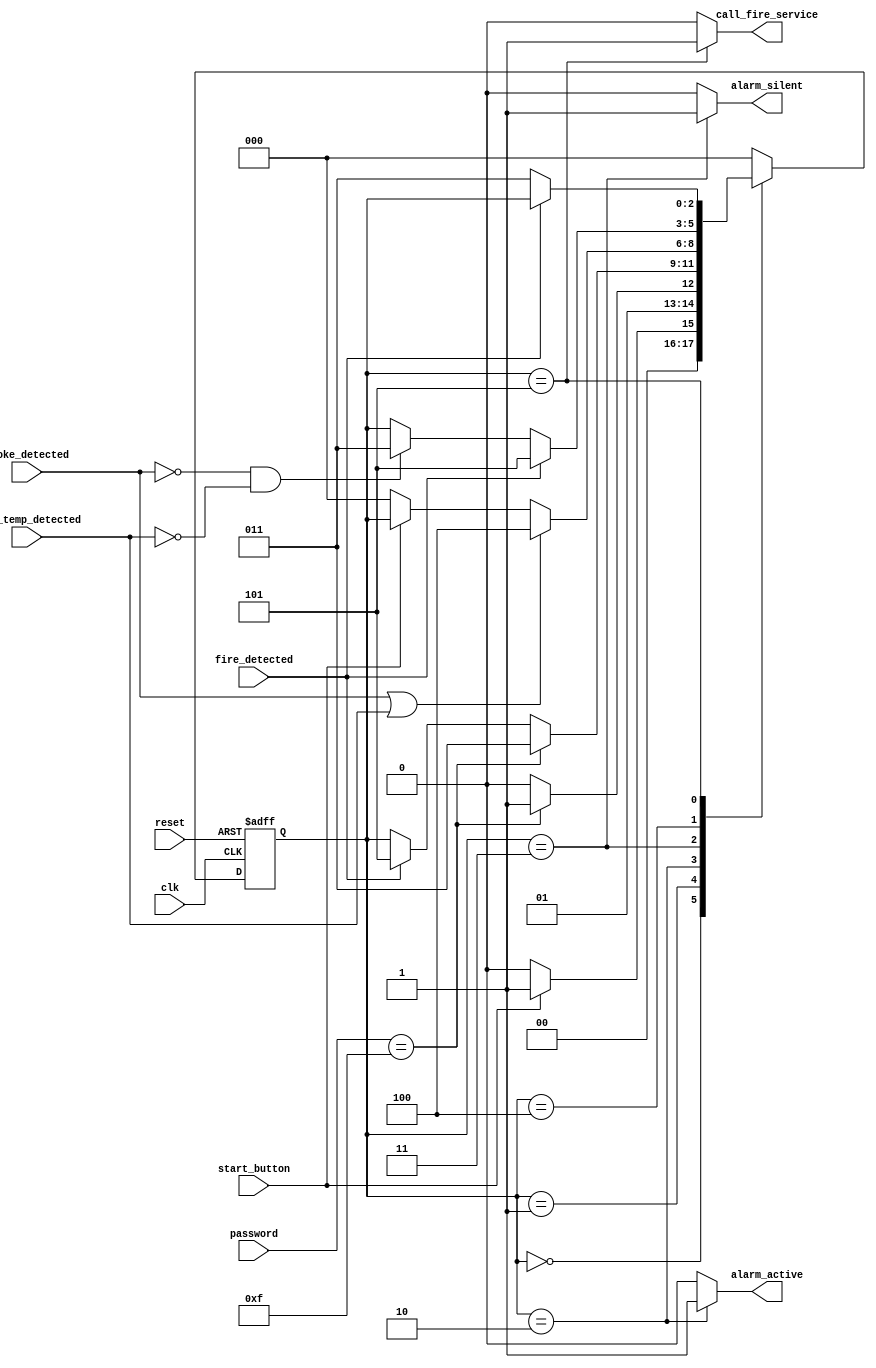
module alarm_system(
    input clk,
    input reset, // Added reset input
    input start_button,
    input [3:0] password,
    input smoke_detected,
    input fire_detected,
    input high_temp_detected,
    output reg alarm_active,
    output reg alarm_silent,
    output reg call_fire_service
);

    // Define state parameters
    localparam [2:0] 
        IDLE = 3'b000, 
        ENTER_PASS = 3'b001, 
        ALARM_ACTIVE = 3'b010, 
        ALARM_SILENT = 3'b011, 
        SMOKE_DETECTOR = 3'b100, 
        CALL_FIRE_SERVICE = 3'b101;

    // Internal state variable
    reg [2:0] state;
    reg [2:0] next_state;

    // FSM state transition with asynchronous reset
    always @(posedge clk or posedge reset) begin
        if (reset)
            state <= IDLE;
        else
            state <= next_state;
    end

    // Next state logic
    always @(*) begin
        // Default outputs and next state
        alarm_active = 0;
        alarm_silent = 0;
        call_fire_service = 0;
        next_state = state;

        case (state)
            IDLE: begin
                if (start_button) 
                    next_state = ENTER_PASS;
                else 
                    next_state = IDLE;
            end
            
            ENTER_PASS: begin
                if (password == 4'b1111) // Assume 4'b1111 is the correct password
                    next_state = ALARM_SILENT;
                else
                    next_state = ALARM_ACTIVE;
            end

            ALARM_ACTIVE: begin
                alarm_active = 1;
                if (password == 4'b1111)
                    next_state = ALARM_SILENT;
                else if (fire_detected)
                    next_state = CALL_FIRE_SERVICE;
            end
            
            ALARM_SILENT: begin
                alarm_silent = 1;
                if (smoke_detected || high_temp_detected)
                    next_state = SMOKE_DETECTOR;
                else if (!start_button)
                    next_state = IDLE;
            end
            
            SMOKE_DETECTOR: begin
                if (fire_detected)
                    next_state = CALL_FIRE_SERVICE;
                else if (!smoke_detected && !high_temp_detected)
                    next_state = ALARM_SILENT;
            end

            CALL_FIRE_SERVICE: begin
                call_fire_service = 1;
                if (!fire_detected)
                    next_state = ALARM_SILENT;
            end

            default: begin
                next_state = IDLE;
            end
        endcase
    end
endmodule